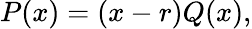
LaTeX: P(x)=(x-r)Q(x),